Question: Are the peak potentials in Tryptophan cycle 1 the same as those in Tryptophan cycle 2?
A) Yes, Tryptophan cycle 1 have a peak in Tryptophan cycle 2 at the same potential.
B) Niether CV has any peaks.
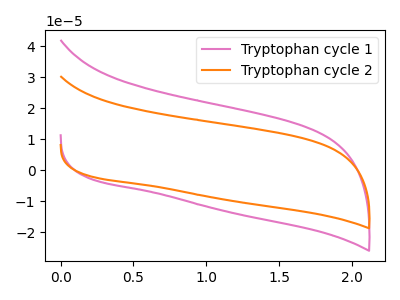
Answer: <think>The pink curve "Tryptophan cycle 1" has no peaks. The orange curve "Tryptophan cycle 2" has no peaks.</think>
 <answer>B) Niether CV has any peaks.</answer>
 <eval>B</eval>